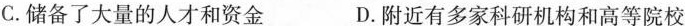
C.储备了大量的人才和资金 D.附近有多家科研机构和高等院校